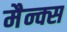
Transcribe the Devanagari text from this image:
मैन्क्स